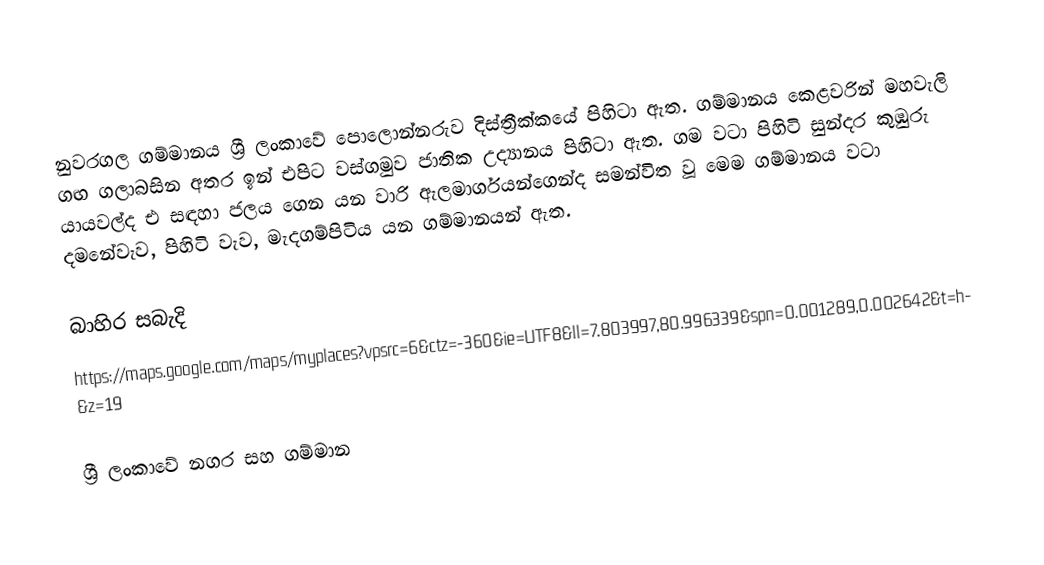
නුවරගල ගම්මානය ශ්‍රී ලංකාවේ පොලොන්නරුව දිස්ත්‍රීක්කයේ පිහිටා ඇත. ගම්මානය කෙළවරින් මහවැලි ගඟ ගලාබසින අතර ඉන් එපිට වස්ගමුව ජාතික උද්‍යානය පිහිටා ඇත. ගම වටා පිහිටි සුන්දර කුඹුරු යායවල්ද එ සඳහා ජලය ගෙන යන වාරි ඇලමාර්ගයන්ගෙන්ද සමන්විත වූ මෙම ගම්මානය වටා දමනේවැව, පිහිටි වැව, මැදගම්පිටිය යන ගම්මානයන් ඇත.

බාහිර සබැදි
https://maps.google.com/maps/myplaces?vpsrc=6&ctz=-360&ie=UTF8&ll=7.803997,80.996339&spn=0.001289,0.002642&t=h&z=19

ශ්‍රී ලංකාවේ නගර සහ ගම්මාන